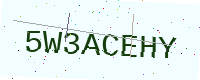
Text: 5W3ACEHY